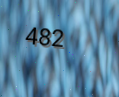
482